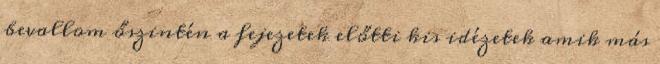
bevallom őszintén a fejezetek előtti kis idézetek amik más